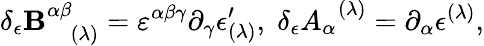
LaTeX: \delta_{\epsilon}\mathbf{B}_{\; \; \; (\lambda)}^{\alpha\beta}=\varepsilon^{\alpha\beta\gamma}\partial_{\gamma}\epsilon_{(\lambda)}^{\prime},\; \delta_{\epsilon}A_{\alpha}^{\; \; (\lambda)}=\partial_{\alpha}\epsilon^{(\lambda)},